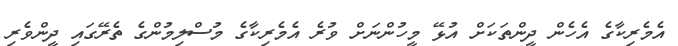
އެމެރިކާގެ އެހެން ދީންތަކަށް އުޅޭ މީހުންނަށް ވުރެ އެމެރިކާގެ މުސްލިމުންގެ ތެރޭގައި ދީންވެރި